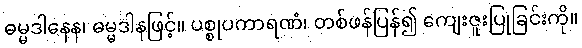
ဓမ္မဒါနေန၊ ဓမ္မဒါနဖြင့်။ ပစ္စုပကာရဏံ၊ တစ်ဖန်ပြန်၍ ကျေးဇူးပြုခြင်းကို။